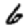
Digit: 6